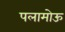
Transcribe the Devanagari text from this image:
पलामोऊ